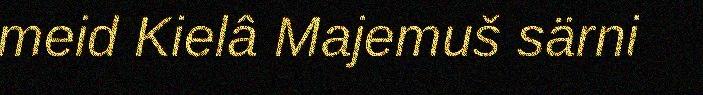
meid Kielâ Majemuš särni